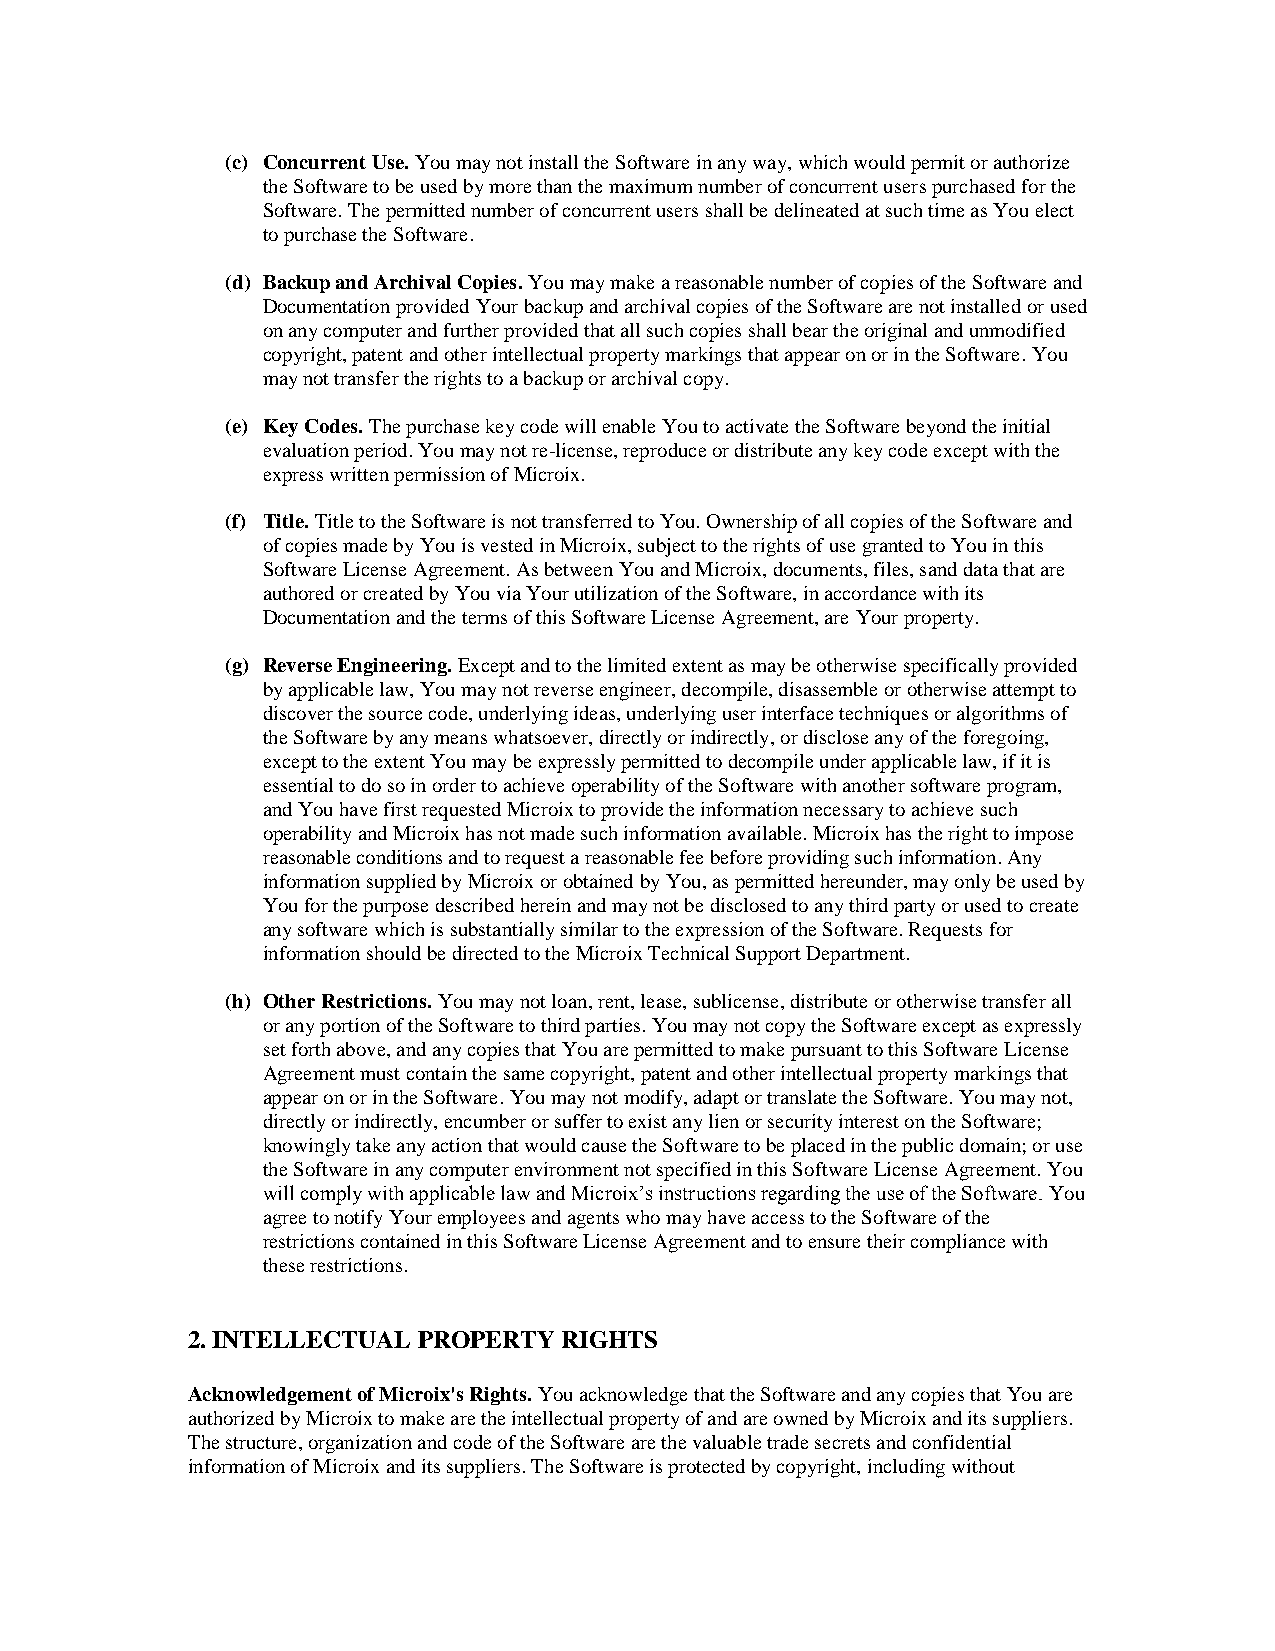
(c) Concurrent Use. You may not install the Software in any way, which would permit or authorize
 the Software to be used by more than the maximum number of concurrent users purchased for the
 Software. The permitted number of concurrent users shall be delineated at such time as You elect
 to purchase the Software.
 (d) Backup and Archival Copies. You may make a reasonable number of copies of the Software and
 Documentation provided Your backup and archival copies of the Software are not installed or used
 on any computer and further provided that all such copies shall bear the original and unmodified
 copyright, patent and other intellectual property markings that appear on or in the Software. You
 may not transfer the rights to a backup or archival copy.
 (e) Key Codes. The purchase key code will enable You to activate the Software beyond the initial
 evaluation period. You may not re-license, reproduce or distribute any key code except with the
 express written permission of Microix.
 (f) Title. Title to the Software is not transferred to You. Ownership of all copies of the Software and
 of copies made by You is vested in Microix, subject to the rights of use granted to You in this
 Software License Agreement. As between You and Microix, documents, files, sand data that are
 authored or created by You via Your utilization of the Software, in accordance with its
 Documentation and the terms of this Software License Agreement, are Your property.
 (g) Reverse Engineering. Except and to the limited extent as may be otherwise specifically provided
 by applicable law, You may not reverse engineer, decompile, disassemble or otherwise attempt to
 discover the source code, underlying ideas, underlying user interface techniques or algorithms of
 the Software by any means whatsoever, directly or indirectly, or disclose any of the foregoing,
 except to the extent You may be expressly permitted to decompile under applicable law, if it is
 essential to do so in order to achieve operability of the Software with another software program,
 and You have first requested Microix to provide the information necessary to achieve such
 operability and Microix has not made such information available. Microix has the right to impose
 reasonable conditions and to request a reasonable fee before providing such information. Any
 information supplied by Microix or obtained by You, as permitted hereunder, may only be used by
 You for the purpose described herein and may not be disclosed to any third party or used to create
 any software which is substantially similar to the expression of the Software. Requests for
 information should be directed to the Microix Technical Support Department.
 (h) Other Restrictions. You may not loan, rent, lease, sublicense, distribute or otherwise transfer all
 or any portion of the Software to third parties. You may not copy the Software except as expressly
 set forth above, and any copies that You are permitted to make pursuant to this Software License
 Agreement must contain the same copyright, patent and other intellectual property markings that
 appear on or in the Software. You may not modify, adapt or translate the Software. You may not,
 directly or indirectly, encumber or suffer to exist any lien or security interest on the Software;
 knowingly take any action that would cause the Software to be placed in the public domain; or use
 the Software in any computer environment not specified in this Software License Agreement. You
 will comply with applicable law and Microix’s instructions regarding the use of the Software. You
 agree to notify Your employees and agents who may have access to the Software of the
 restrictions contained in this Software License Agreement and to ensure their compliance with
 these restrictions.
 2. INTELLECTUAL PROPERTY RIGHTS
 Acknowledgement of Microix's Rights. You acknowledge that the Software and any copies that You are
 authorized by Microix to make are the intellectual property of and are owned by Microix and its suppliers.
 The structure, organization and code of the Software are the valuable trade secrets and confidential
 information of Microix and its suppliers. The Software is protected by copyright, including without